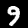
Digit: 9